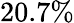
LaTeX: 20.7\%